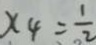
x 4 = \frac { 1 } { 2 }